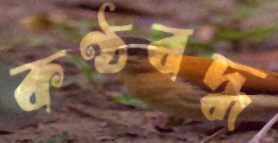
কণ্ঠবদ্ধ